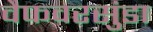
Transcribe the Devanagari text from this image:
वैफवरसुंडा